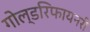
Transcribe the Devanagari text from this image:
गोल्डरिफायनरी